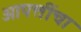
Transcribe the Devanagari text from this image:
आपत्तींचा